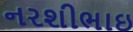
નરશીભાઇ